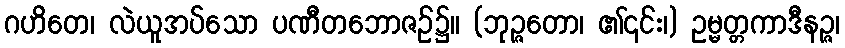
ဂဟိတေ၊ လဲယူအပ်သော ပဏီတဘောဇဉ်၌။ (ဘုဉ္ဇတော၊ ၏၎င်း၊) ဥမ္မတ္တကာဒီနဉ္ဇ၊